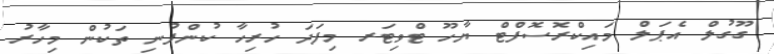
ގޫގުލް އެޕަލް މައިކްރޮސޮފްޓް ޔާހޫ ޓްވިޓަރ މިފަދަ ހުރިހާ ކުންފުނި ތަކުން މިހާރު